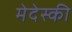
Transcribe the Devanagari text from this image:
मेदेस्की